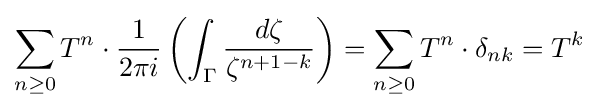
\sum _{n\geq 0}T^{n}\cdot {\frac {1}{2\pi i}}\left(\int _{\Gamma }{\frac {d\zeta }{\zeta ^{n+1-k}}}\right)=\sum _{n\geq 0}T^{n}\cdot \delta _{nk}=T^{k}